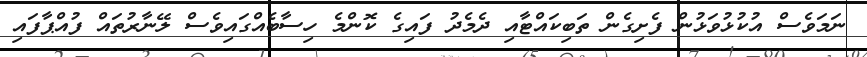
ނަމަވެސް އުކުޅުވަޅުން ފެށިގެން ތަބިކައްޓާއި ދެމެދު ފައިގެ ކޮންމެ ހިސާބެއްގައިވެސް ލޭނާރުތައް ފުއްޕާފައި